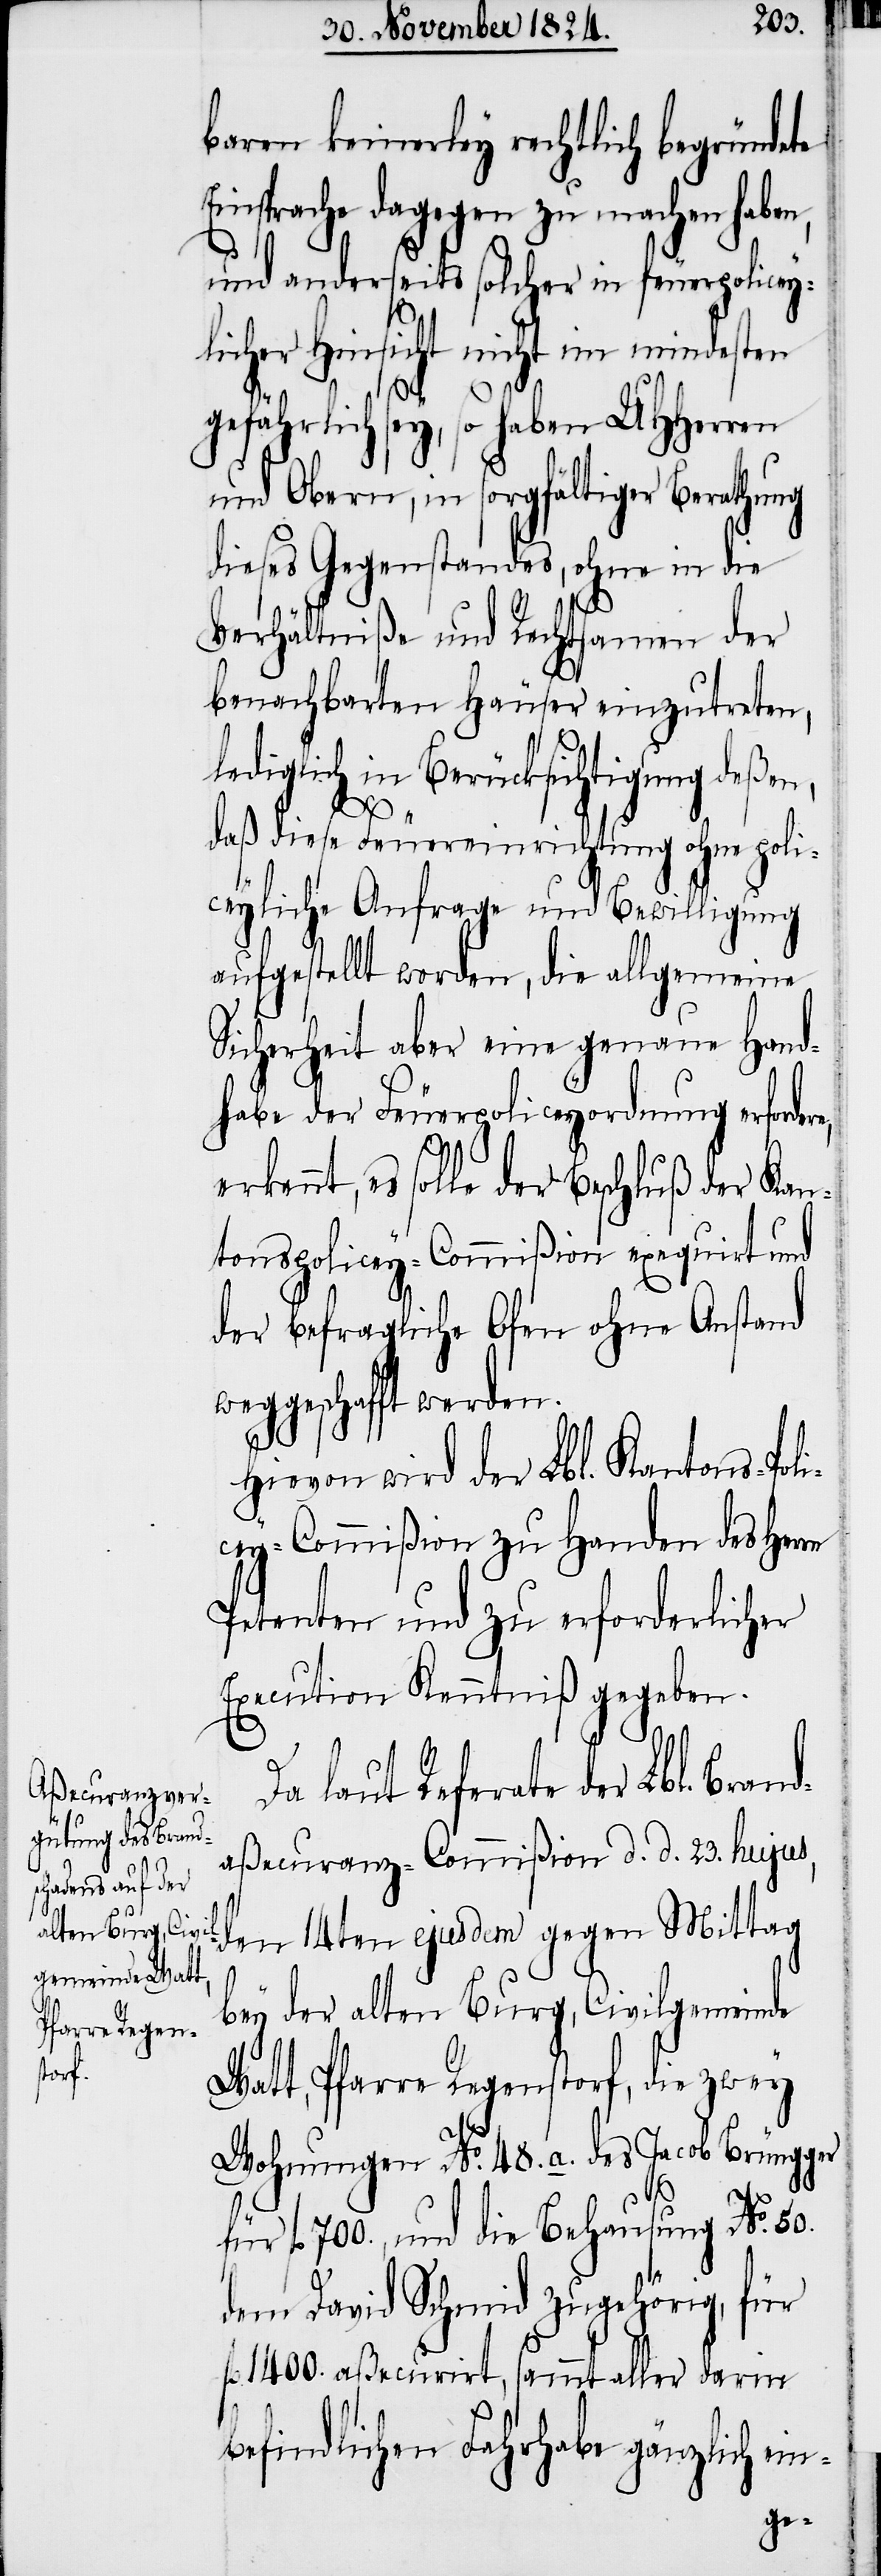
baren keinerley rechtlich begründete
Einsprache dagegen zu machen habe¬
und anderseits solcher in feuerpoliceyl¬
den 14ten ejusdem gegen
gefährlich sey, so haben UHHerren
und Obern, in sorgfältiger Berathung
dieses Gegenstandes, ohne in die
Verhältniße und Rechtsamen der
benachbarten Häuser einzutreten,
lediglich in Berücksichtigung deßen,
daß diese Feuereinrichtung ohne poli¬
ceyliche Anfrage und Bewilligung
aufgestellt worden, die allgemeine
Sicherheit aber eine genaue Hand¬
habe der Feuerpoliceyordnung erford¬
ennt, es solle der Beschluß der Kan¬
tons-Policey-Commißion exequirt und
der befragliche Ofen ohne Anstand
Hievon wird der Lbl. Kantons-Poli¬
cey-Commißion zu Handen des Her¬
Petenten und zu erforderlicher
Execution Kenntniß gegeben.
Da laut Referate der Lbl. Bran¬
daßecuranz-Commißion d. d. 23. hujus,
bey der alten Burg, Civilgemeinde
Watt, Pfarre Regenstorf, die zwey
Wohnungen No. 48. a. des Jacob Brüngger
für fl. 700., und die Behausung No. 50.
dem David Schmid zugehörig, für
fl. 1400. aßecurirt, sammt aller darin
befindlichen Fahrhabe gänzlich ein-

rn